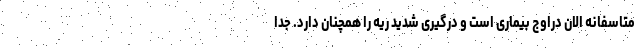
متاسفانه الان دراوج بیماری است و درگیری شدید ریه را همچنان دارد. جدا